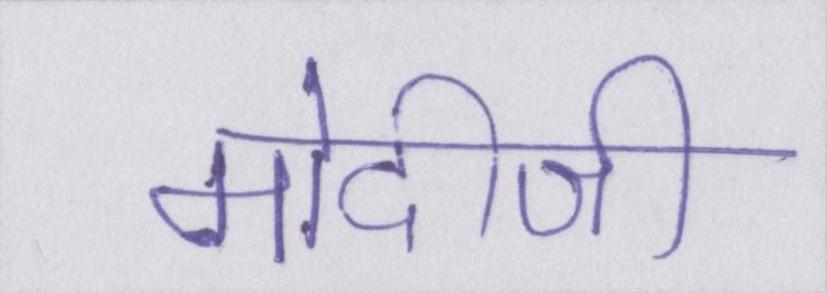
मोदीजी